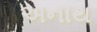
અનાથ